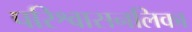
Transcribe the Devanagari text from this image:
परिश्वासनलिका